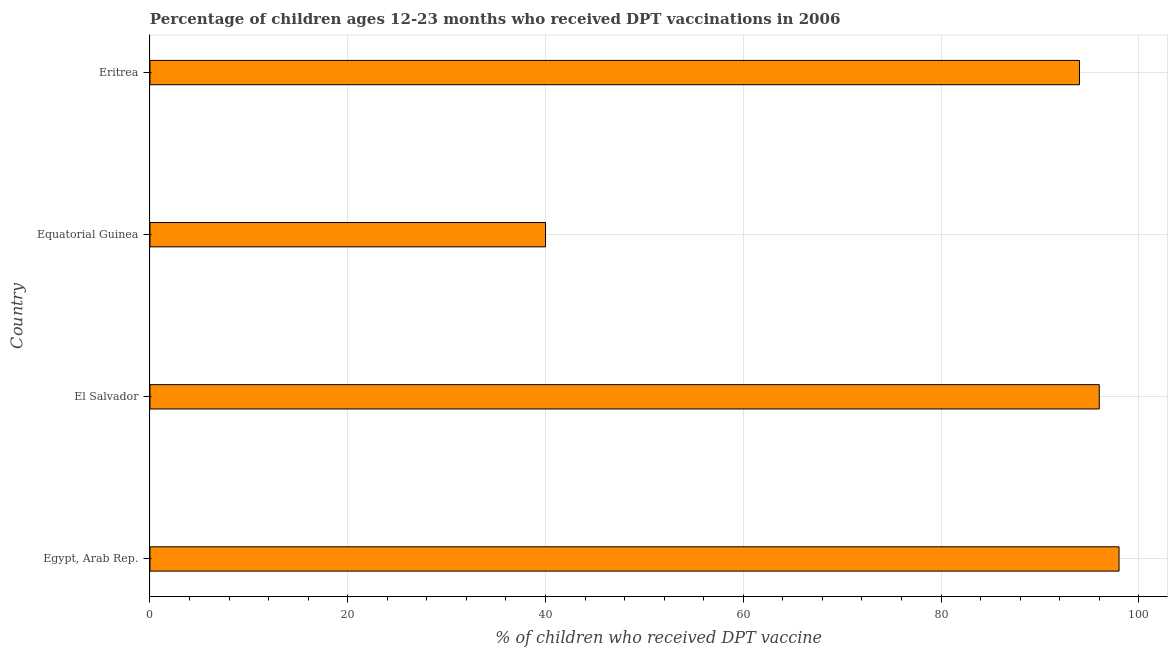
| Country | Immunization |
 | --- | --- |
 | Egypt, Arab Rep. | 98 |
 | El Salvador | 96 |
 | Equatorial Guinea | 40 |
 | Eritrea | 94 |